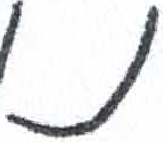
אות: נ